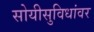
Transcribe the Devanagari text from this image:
सोयीसुविधांवर